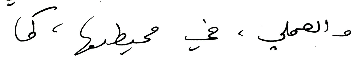
والعملي، في محيطها، كما